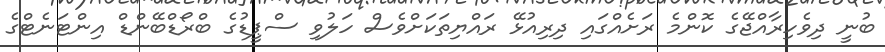
ބުނީ ދިވެހިރާއްޖޭގެ ކޮންމެ ރަށެއްގައި ދިރިއުޅޭ ރައްޔިތަކަށްވެސް ހަލުވި ސްޕީޑުގެ ބްރޯޑްބޭންޑް އިންޓަނެޓްގެ